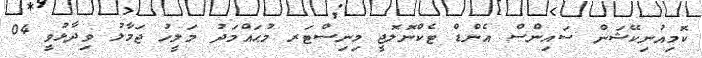
ކޮމިއުނިކޭޝަން ސައިންސް އެންޑް ޓެކްނޮލޮޖީ މިނިސްޓަރ މުޙައްމަދު މަލީހު ޖަމާލު ވިދާޅުވީ 04